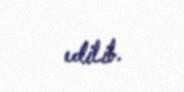
edilib.